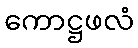
ကောဋ္ဌဖလံ